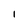
Character: I